Children and Young Persons (Scotland) Act, 1932. Care and training of juveniles, 1932
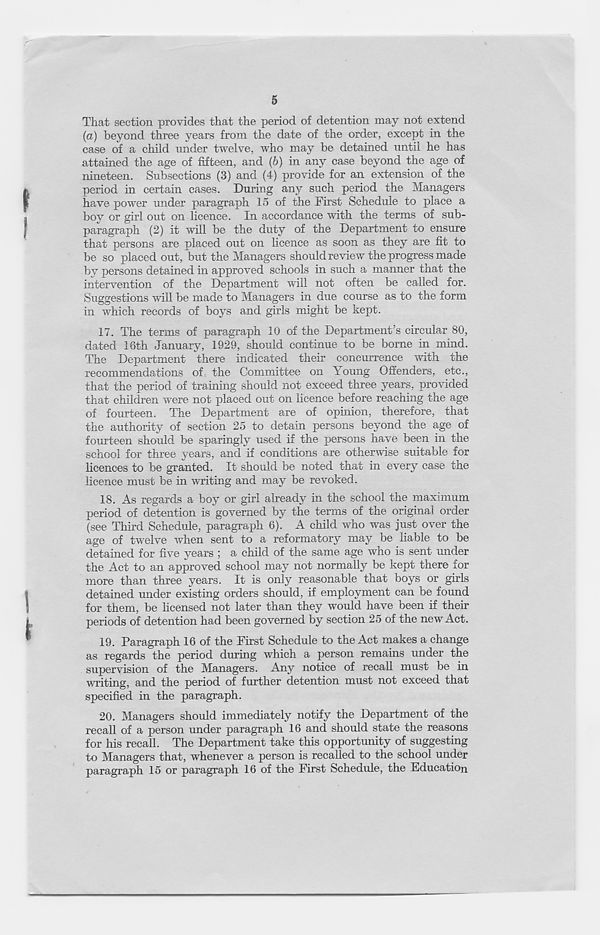
5
That section provides that the period of detention may not extend
(a) beyond three years from the date of the order, except in the
case of a child under twelve, who may be detained until he has
attained the age of fifteen, and (b) in any case beyond the age of
nineteen. Subsections (3) and (4) provide for an extension of the
period in certain cases. During any such period the Managers
have power under paragraph 15 of the First Schedule to place a
boy or girl out on licence. In accordance with the terms of sub-
paragraph (2) it will be the duty of the Department to ensure
that persons are placed out on licence as soon as they are fit to
be so placed out, but the Managers should review the progress made
by persons detained in approved schools in such a manner that the
intervention of the Department will not often be called for.
Suggestions will be made to Managers in due course as to the form
in which records of boys and girls might be kept.
17. The terms of paragraph 10 of the Department’s circular 80,
dated 16th January, 1929, should continue to be borne in mind.
The Department there indicated their concurrence with the
recommendations of the Committee on Toung Offenders, etc.,
that the period of training should not exceed three years, provided
that children were not placed out on licence before reaching the age
of fourteen. The Department are of opinion, therefore, that
the authority of section 25 to detain persons beyond the age of
fourteen should be sparingly used if the persons have been in the
school for three years, and if conditions are otherwise suitable for
licences to be granted. It should be noted that in every case the
licence must be in writing and may be revoked.
18. As regards a boy or girl already in the school the maximum
period of detention is governed by the terms of the original order
(see Third Schedule, paragraph 6). A child who was just over the
age of twelve when sent to a reformatory may be liable to be
detained for five years ; a child of the same age who is sent under
the Act to an approved school may not normally be kept there for
more than three years. It is only reasonable that boys or girls
detained under existing orders should, if employment can be found
for them, be licensed not later than they would have been if their
periods of detention had been governed by section 25 of the new Act.
19. Paragraph 16 of the First Schedule to the Act makes a change
as regards the period during which a person remains under the
supervision of the Managers. Any notice of recall must be in
v/riting, and the period of further detention must not exceed that
specified in the paragraph.
20. Managers should immediately notify the Department of the
recall of a person under paragraph 16 and should state the reasons
for his recall. The Department take this opportunity of suggesting
to Managers that, whenever a person is recalled to the school under
paragraph 15 or paragraph 16 of the First Schedule, the Education